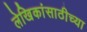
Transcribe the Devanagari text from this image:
लेखिकांसाठीच्या